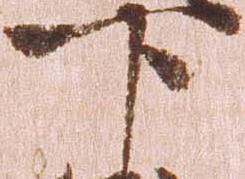
下